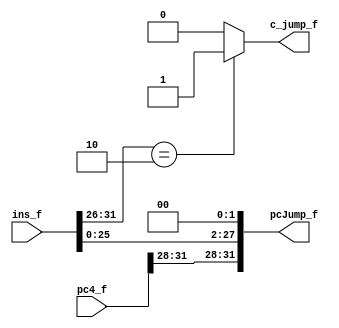
`timescale 1ns / 1ps
//////////////////////////////////////////////////////////////////////////////////
// Company: 
// Engineer: 
// 
// Design Name: 
// Module Name: pc_jump
// Project Name: 
// Target Devices: 
// Tool Versions: 
// Description: 
// 
// Dependencies: 
// 
// Revision:
// Revision 0.01 - File Created
// Additional Comments:
// 
//////////////////////////////////////////////////////////////////////////////////


module pc_jump(
    input [31:0] pc4_f,ins_f,
    output c_jump_f,
    output [31:0] pcJump_f
    );
    
    assign c_jump_f=(ins_f[31:26]==6'b000010) ? 1'b1:1'b0;
    assign pcJump_f={pc4_f[31:28],ins_f[25:0],2'b00};
endmodule